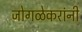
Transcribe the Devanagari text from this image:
जोगळेकरांनी